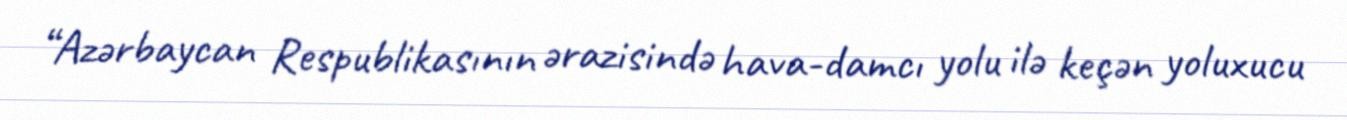
“Azərbaycan Respublikasının ərazisində hava-damcı yolu ilə keçən yoluxucu